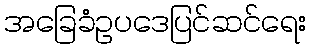
အခြေခံဥပဒေပြင်ဆင်ရေး